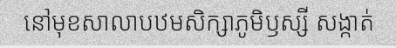
នៅមុខសាលាបឋមសិក្សាភូមិឫស្សី សង្កាត់